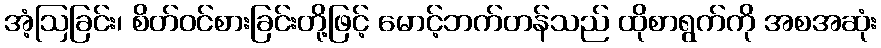
အံ့ဩခြင်း၊ စိတ်ဝင်စားခြင်းတို့ဖြင့် မောင့်ဘက်တန်သည် ထိုစာရွက်ကို အစအဆုံး